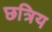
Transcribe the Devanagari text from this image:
छत्रिय